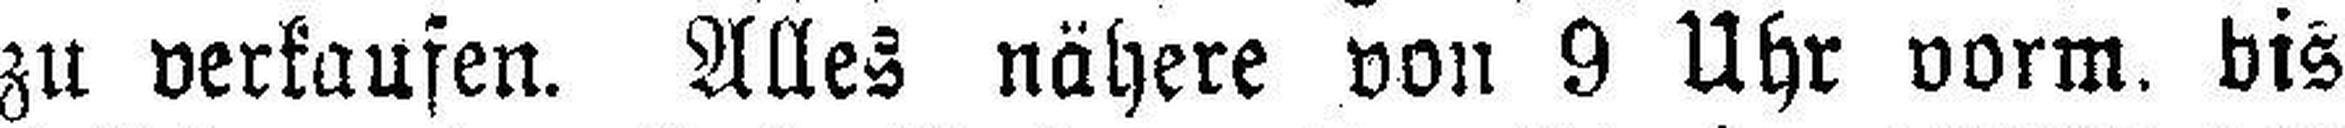
zu verkaufen. Alles nähere von 9 Uhr vorm. bis